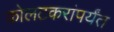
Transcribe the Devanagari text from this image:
कोलटकरांपर्यंत